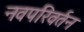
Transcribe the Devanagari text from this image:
नवपरिवर्तन